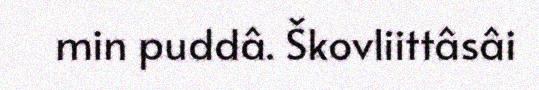
min puddâ. Škovliittâsâi